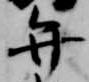
弁